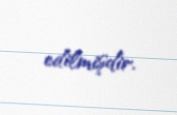
edilmişdir.